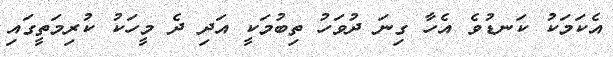
އެކަމަކު ކަނޑުވެ އެހާ ގިނަ ދުވަހު ތިބުމަކީ އަދި ދެ މީހަކު ކުރިމަތީގައި